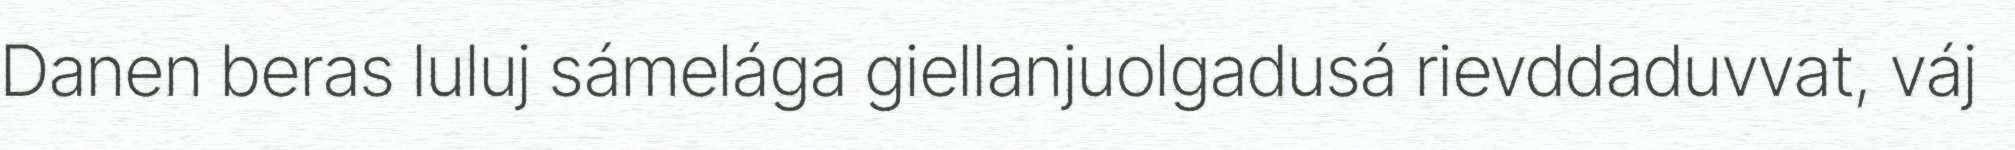
Danen beras luluj sámelága giellanjuolgadusá rievddaduvvat, váj